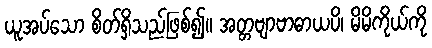
ယူအပ်သော စိတ်ရှိသည်ဖြစ်၍။ အတ္တဗျာဗာဓာယပိ၊ မိမိကိုယ်ကို